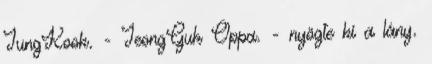
JungKook. - JeongGuk Oppa. - nyögte ki a lány.